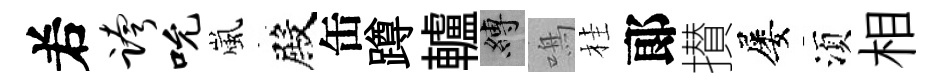
𠰥跨吮嵐殿缶蹲轤縛鳴桂郞攅屡湏相